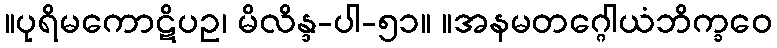
။ပုရိမကောဋိပဥ၊ မိလိန္ဒ-ပါ-၅၁။ ။အနမတဂ္ဂေါယံဘိက္ခဝေ